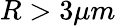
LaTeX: R>3\mu m